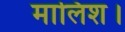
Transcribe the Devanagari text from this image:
मालिश।